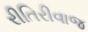
રીતિરીવાજ